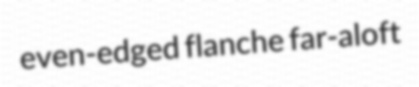
even-edged flanche far-aloft